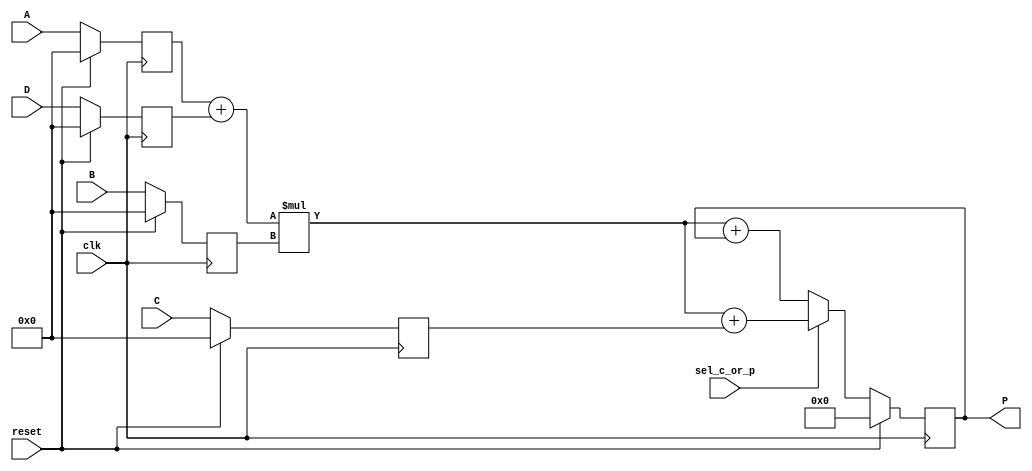
module dsp_multiplier_accum_with_add (clk, reset, sel_c_or_p, A, B, C, D, P);
	input clk, reset, sel_c_or_p;
	input signed [31:0] A, B, C, D;
	output reg signed [63:0] P;
	reg signed [31:0] i1, i2, i3, i4;
	reg signed [63:0] mul, add, add2;
	always @(posedge clk) begin
		if(reset == 1) begin
			i1 <= 0;
			i2 <= 0;
			i3 <= 0;
			i4 <= 0;
		end
		else begin
			i1 <= A;
			i2 <= B;
			i3 <= C;
			i4 <= D;
		end
	end
	always @(posedge clk) begin
		if (reset ==1 )
			P <= 0;
		else
			P<= add2;
	end

	always @ (*)  begin
		add = i1 + i4;
		mul  = add * i2;
	end
	always @ (*)  begin
		if (sel_c_or_p)
			add2 = mul + i3;
		else
			add2 = mul + P;
	end
endmodule